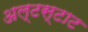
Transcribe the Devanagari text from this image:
अल्टस्टाट